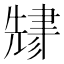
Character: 𬚬